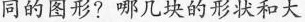
同的图形?哪几块的形状和大